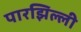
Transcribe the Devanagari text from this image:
पारझिल्ली